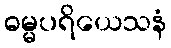
ဓမ္မပရိယေသနံ